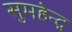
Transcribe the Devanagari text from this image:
सुमहेन्द्र